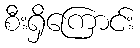
စီးရှိကြောင်း